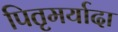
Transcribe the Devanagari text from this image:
पितृमर्यादा